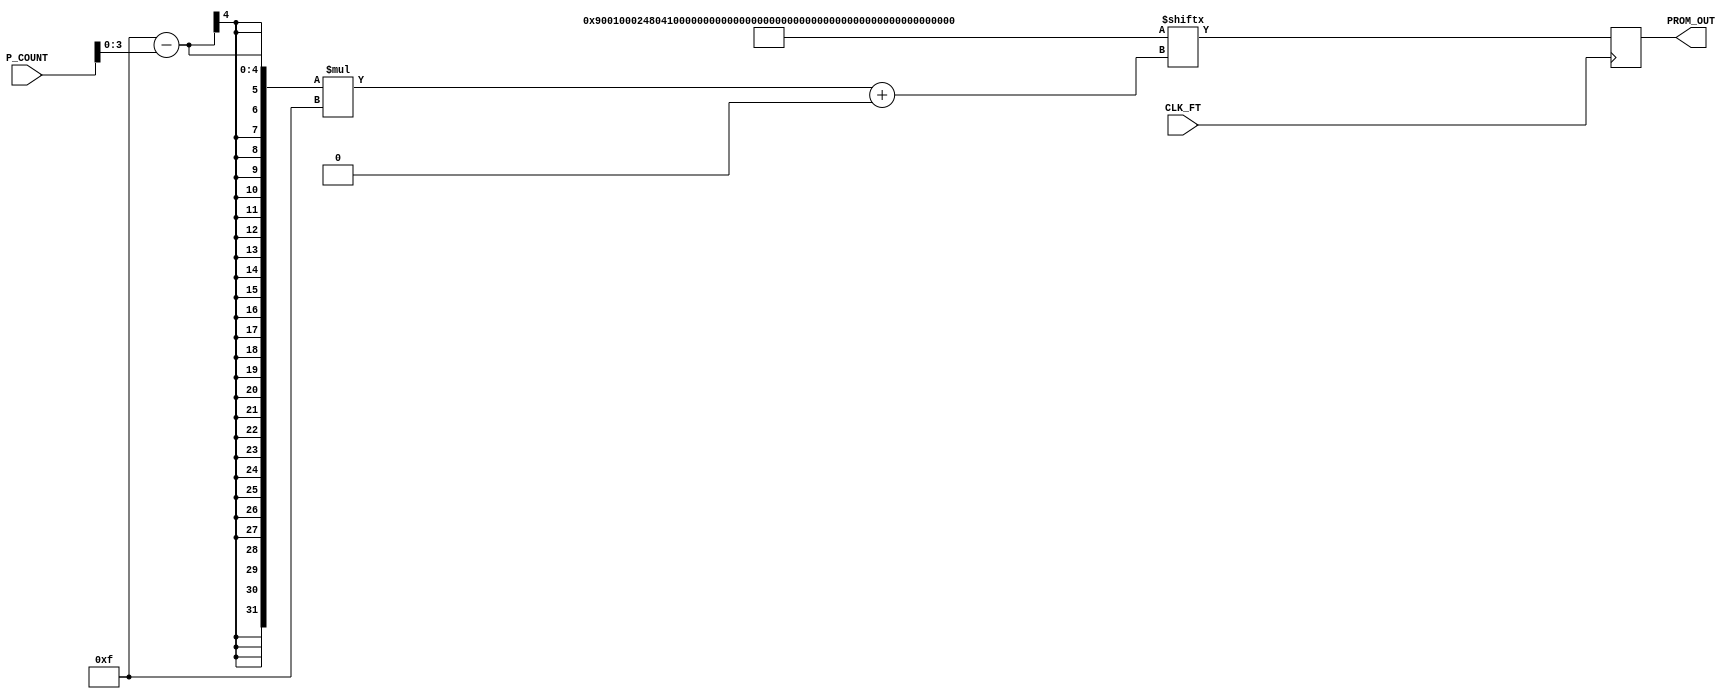


module fetch(CLK_FT, P_COUNT, PROM_OUT);

    input         CLK_FT;
    input [7:0]   P_COUNT;
    output [14:0] PROM_OUT;
    
    reg [14:0]    PROM_OUT;
    reg [15*16-1:0] mem = {15'b1001_0000_0000_000, // ldh Reg0, 0
                           15'b1000_0000_0000_000, // ldl Reg0, 0
                           15'b1001_0010_0000_000, // ldh Reg1, 0
                           15'b1000_0010_0000_001, // ldl Reg1, 1
                           15'b1001_0100_0000_000, // ldh Reg2, 0
                           15'b1000_0100_0000_000, // ldl Reg2, 0
                           15'b1001_0110_0000_000, // ldh Reg3, 0
                           15'b1000_0110_0001_010, // ldl Reg3, 10
                           15'b0001_0100_0100_000, // add Reg2, Reg1
                           15'b0001_0000_1000_000, // add Reg0, Reg2
                           15'b1110_0000_1000_000, // st Reg0, 64
                           15'b1010_0100_1100_000, // cmp Reg2, Reg3
                           15'b1011_0000_0001_110, // je 14
                           15'b1100_0000_0001_000, // jmp 8
                           15'b1111_0000_0000_000, // hlt
                           15'b0000_0000_0000_000  // nop
                           };

    always@(posedge CLK_FT) begin
        PROM_OUT <= mem[(15-P_COUNT[3:0]) * 15 +: 15];
        // PROM_OUT <= mem[(8'h10 - (P_COUNT & 8'h0F)) * 15 - 1:
        //                 (8'hF - (P_COUNT & 8'h0F)) * 15];
    end

endmodule // fetch